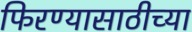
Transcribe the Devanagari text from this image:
फिरण्यासाठीच्या